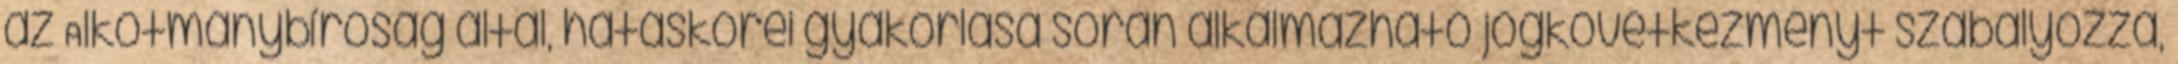
az Alkotmánybíróság által, hatáskörei gyakorlása során alkalmazható jogkövetkezményt szabályozza,